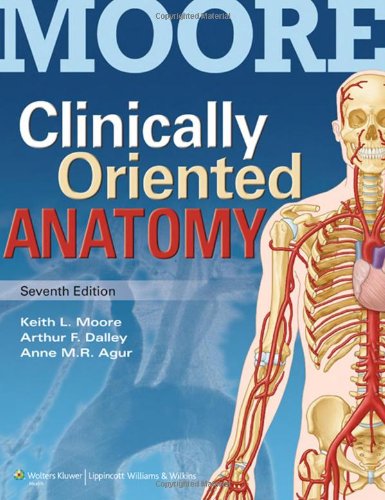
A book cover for Clinically Oriented Anatomy; Keith L. Moore; Medical Books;